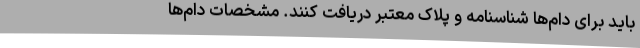
باید برای دام‌ها شناسنامه و پلاک معتبر دریافت کنند. مشخصات دام‌ها